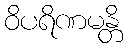
ဝိပရိဏမန္တိ